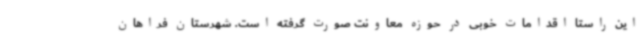
این راستا اقدامات خوبی در حوزه معاونت صورت گرفته است. شهرستان فراهان